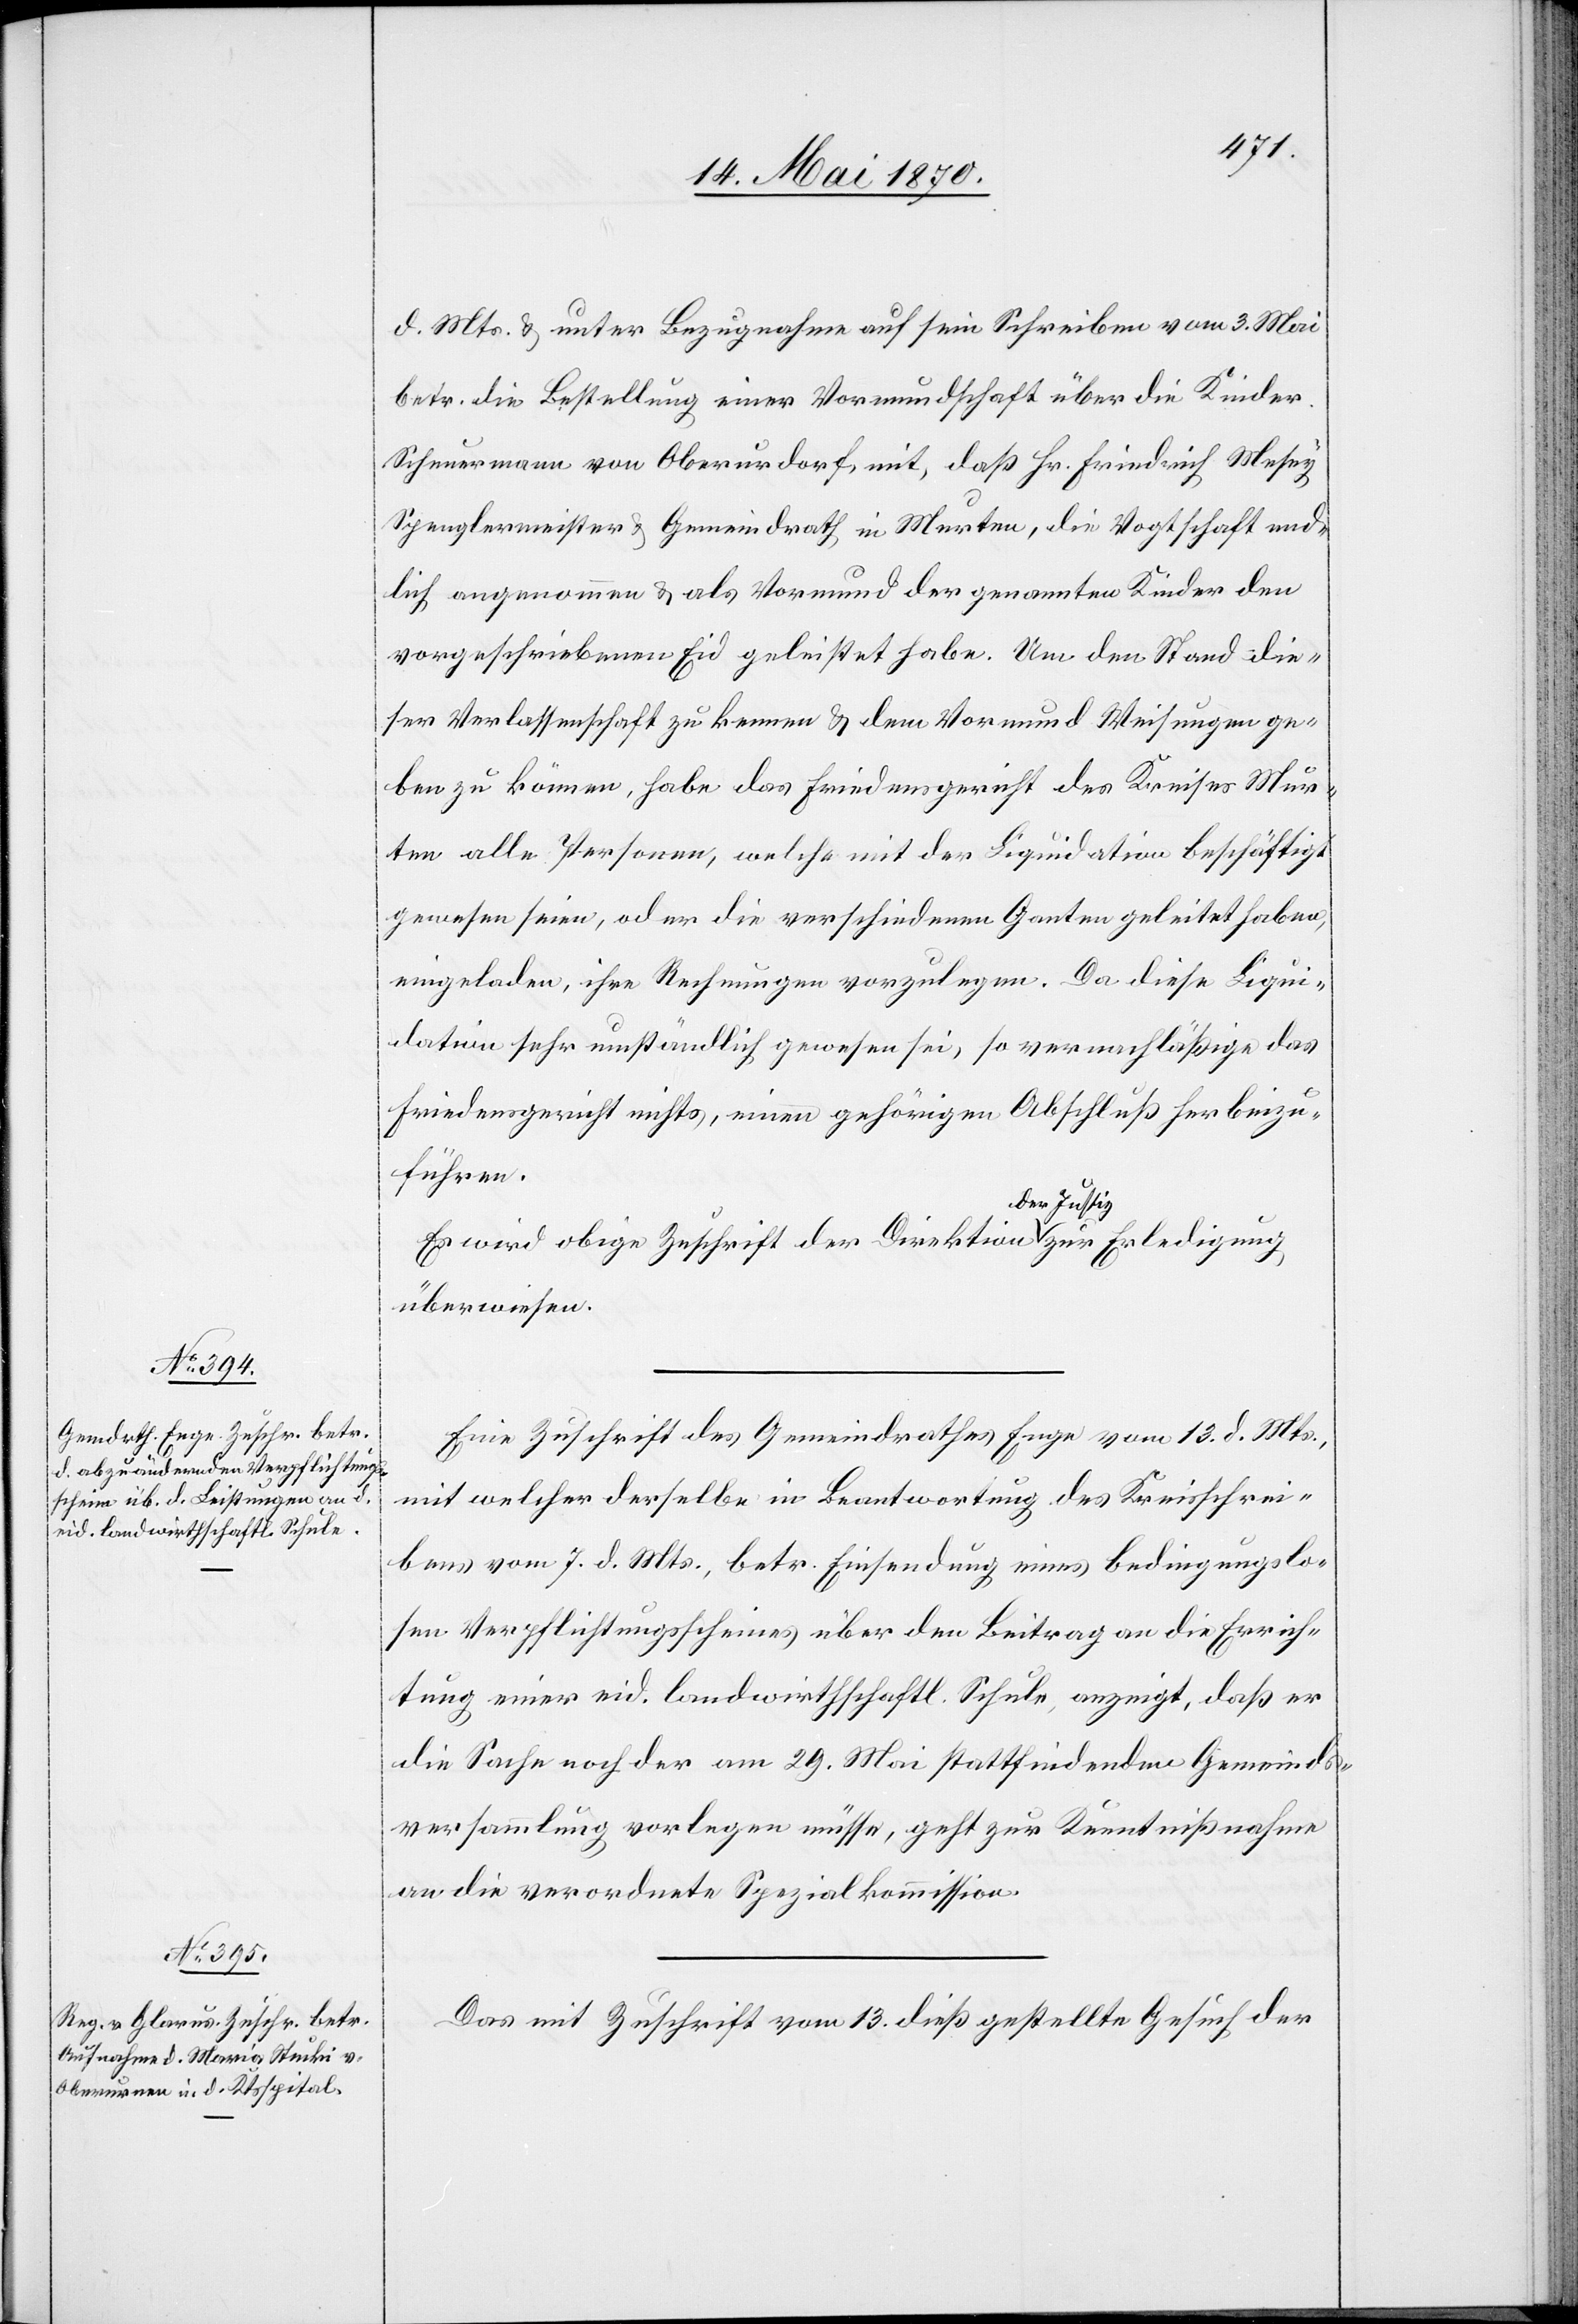
16. Mai 1870.]
d. Mts. & unter Bezugnahme auf sein Schreiben vom 3. Mai
betr. die Bestellung einer Vormundschaft über die Kinder
Scheuermann von Oberurdorf, mit, daß Hr. Friedrich Mesey[,]
Spenglermeister & Gemeindrath in Murten, die Vogtschaft end¬
lich angenommen & als Vormund der genannten Kinder den
vorgeschriebenen Eid geleistet habe. Um den Stand die¬
ser Verlassenschaft zu kennen & dem Vormund Weisungen ge¬
ben zu können, habe das Friedensgericht des Kreises Mur¬
ten alle Personen, welche mit der Liquidation beschäftigt
gewesen seien, oder die verschiedenen Ganten geleitet haben,
eingeladen, ihre Rechnungen vorzulegen. Da diese Liqui¬
dation sehr umständlich gewesen sei, so vernachläßige das
Friedensgericht nichts, einen gehörigen Abschluß herbeizu¬
führen.
Es wird obige Zuschrift der Direktion a-der Justiz-a zur Erledigung
überwiesen.
Eine Zuschrift des Gemeindrathes Enge vom 13. d. Mts.,
mit welcher derselbe in Beantwortung des Kreisschrei¬
bens vom 7. d. Mts., betr. Einsendung eines bedingungslo¬
sen Verpflichtungsscheines über den Beitrag an die Errich¬
tung einer eid. landwirthschaftl. Schule, anzeigt, daß er
die Sache noch der am 29. Mai stattfindenden Gemeinds¬
versammlung vorlegen müsse, geht zur Kenntnißnahme
an die verordnete Spezialkommission.
Das mit Zuschrift vom 13. dieß gestellte Gesuch der